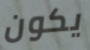
يكون